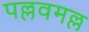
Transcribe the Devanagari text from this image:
पल्लवमल्ल